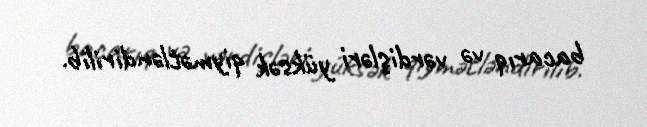
bacarıq və vərdişləri yüksək qiymətləndirilib.